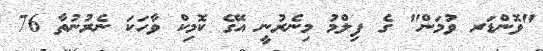
"ވޮންޑަރ ވުމަން" ގެ ފިލްމު މިނެރުނީ އޭގެ ކޮމިކް ވާހަކަ ނެރުނުތާ 76